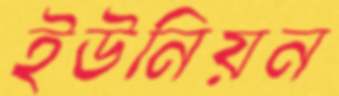
ইউনিয়ন